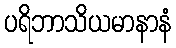
ပရိဘာသိယမာနာနံ